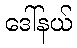
ဒေါ်နယ်